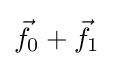
{\vec {f}}_{0}+{\vec {f}}_{1}